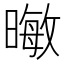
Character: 𪱃